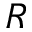
{ \cal R }